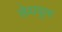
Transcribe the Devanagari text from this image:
सेवायुक्त